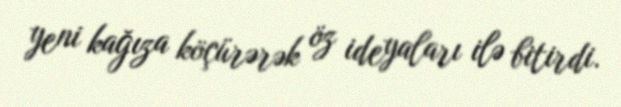
yeni kağıza köçürərək öz ideyaları ilə bitirdi.